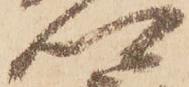
卿